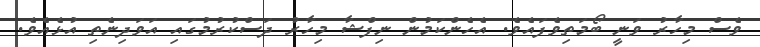
ވެސް މިހާރު ވަނީ ބޯމަތިވެފައެވެ. އެހެންކަމުން ނިފްޝާ މިހާރު ދަސްކުރުމުގައި އަވަދިނެތި އުޅެއެވެ.